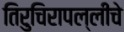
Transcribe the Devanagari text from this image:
तिरुचिरापल्लीचे